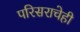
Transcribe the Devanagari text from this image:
परिसराचेही